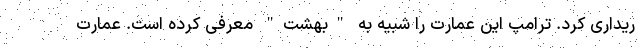
ریداری کرد. ترامپ این عمارت را شبیه به "بهشت" معرفی کرده است. عمارت